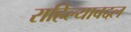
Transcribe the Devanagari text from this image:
राहिल्याबद्दल